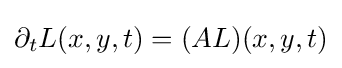
\partial _{t}L(x,y,t)=(AL)(x,y,t)